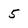
Character: 5